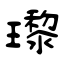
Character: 瓈